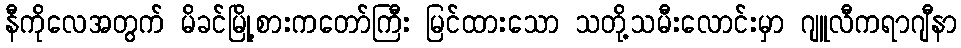
နီကိုလေအတွက် မိခင်မြို့စားကတော်ကြီး မြင်ထားသော သတို့သမီးလောင်းမှာ ဂျူလီကရာဂျီနာ